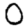
Digit: 0